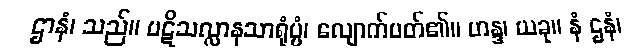
ဌာနံ၊ သည်။ ပဋိသလ္လာနသာရုံပ္ပံ၊ လျောက်ပတ်၏။ ဟန္ဒ၊ ယခု။ နံ ဌနံ၊